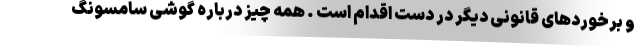
و برخوردهای قانونی دیگر در دست اقدام است . همه چیز درباره گوشی سامسونگ